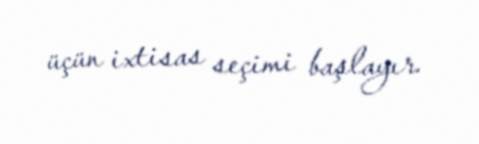
üçün ixtisas seçimi başlayır.